Vaccination in Burma 1900-1911 - 1900-1911
Year: 1900
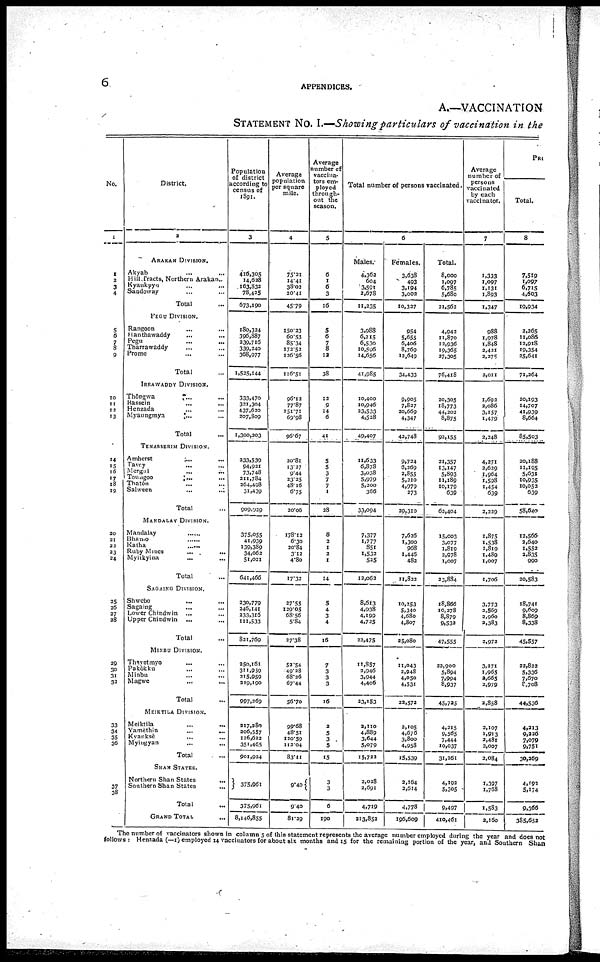
6
APPENDICES.
A.—VACCINATION
STATEMENT NO. I.—Showing particulars of vaccination in the
No.
1
1
2
3
4
5
6
7
8
9
10
11
12
13
14
15
16
17
18
19
20
21
22
23
24
25
26
27
28
29
30
31
32
33
34
35
36
37
38
District.
2
ARAKAN DIVISION.
Akyab ... ...
Hill Tracts, Northern Arakan..
Kyankpyu ... ...
Sandoway ... ...
Total ...
PEGU DIVISION.
Rangoon ... ... ...
Hanthawaddy
...
...
...
Pegu
...
...
Tharrawaddy ... ...
Prome ... ...
Total ...
IRRAWADDY DIVISION.
Thôngwa
...
...
Kassein
...
...
Henzada ... ...
Myaungmya ... ...
Total ...
TENASSERIM DIVISION.
Amherst
...
...
Tavey ... ...
Mergui
...
...
Toungoo ... ...
Thatôn ... ...
Salween ... ...
Total ...
MANDALAY DIVISION.
Mandalay ......
Bhamo ......
Katha ......
Ruby Mines
...
...
Mylikyina
...
...
Total ...
SAGAING DIVISION.
Shwebo ... ...
Sagaing ... ...
Lower Chindwin ... ...
Upper Cnindwin ... ...
Total ...
MINBU DIVISION.
Thayetmyo ... ...
Pakôkku ... ...
Minbu ... ...
Magwe
...
...
Total ...
MEIRTILA DIVISION.
Meiktila
...
...
Yamèthin
...
...
Kyanksè ... ...
Myiugyan ... ...
Total ...
SHAN STATES.
Northern Shan States ...
Southern Shan States 37
Total 37
GRAND TOTAL ...
Population
of district
according to
census of
1891.
3
416,305
14,628
163,832
78,425
673,190
180,324
396,887
239,716
339,240
368,977
1,525,144
333,470
321,304
437,620
207,809
1,300,203
233,539
94,921
73,748
211,784
264,498
31,439
909,929
375,055
41,939
139,389
34,062
51,021
641,466
230,779
246,141
233,316
111,533
821,769
250,161
311,959
215,959
219,190
997,269
217,280
206,557
126,622
351,465
901,924
375,961
375,961
8,146,855
Average
population
per square
mile.
4
73.21
14.41
38.02
20.41
45.79
150.23
60.53
85.34
172.52
126.56
116.51
96.12
77.87
151.71
69.98
96.67
20.81
13.27
9.44
23.25
48.16
6.75
20.06
178.12
6.30
20.84
3.12
4.80
17.32
27.55
129.05
68.56
5.84
27.38
52.54
49.28
68.26
67.44
56.70
99.68
48.51
120.59
113.04
83.11
9.40
9.40
81.29
Average
number of
vaccina-
tors em-
ployed
through-
out the
season.
5
6
1
6
3
16
5
6
7
8
12
38
12
9
14
6
41
5
5
3
7
7
1
28
8
2
1
2
1
14
5
4
3
4
16
7
3
3
3
16
2
5
3
5
15
3
3
6
190
Total number of persons vaccinated.
6
Males.
4,362
604
3,591
2,678
11,235
3,988
6,215
6,530
10,596
14,656
41,985
10,400
10,946
23,533
4,528
49,407
11,633
6,878
3,038
5,979
5,200
366
33,094
7,377
1,777
851
1,532
525
12,062
8,613
4,938
4,199
4,725
22,475
11,857
2,946
3,944
4,406
23,153
2,110
4,889
3,644
5,079
15,722
2,028
2,691
4,719
213,852
Females.
3,638
493
3,194
3,002
10,337
954
5,655
6,406
8,769
12,649
34,433
9,905
7,827
20,669
4,347
42,748
9,724
6,269
2,855
5,210
4,979
273
39,310
7,626
1,300
968
1,446
482
11,822
10,253
5,340
4,680
4,807
25,080
11,043
2,948
4,050
4,531
22,572
2,105
4,676
3,800
4,958
15,539
2,164
2,641
4,778
196,609
Total.
8,000
1,097
6,785
5,680
21,562
4,942
11,870
12,936
19,365
27,305
76,418
20,305
18,773
44,202
8,875
92,155
21,357
13,147
5,893
11,189
10,179
639
62,404
15,003
3,077
1,819
2,978
1,007
23,884
18,866
10,278
8,879
9,532
47,555
22,900
5,894
7,994
8,937
45,725
4,215
9,565
7,444
10,037
31,261
4,192
5,305
9,497
410,461
Average
number of
persons
vaccinated
by each
vaccinator.
7
1,333
1,097
1,131
1,893
1,347
988
1,978
1,848
2,421
2,275
2,011
1,692
2,086
3,157
1,479
2,348
4,271
2,629
1,964
1,598
1,454
639
2,229
1,875
1,538
1,819
1,489
1,007
1,706
3,773
2,569
2,960
2,383
2,972
3,271
1,965
2,665
2,979
2,858
2,107
1,913
2,481
2,007
3,084
1,397
1,768
1,583
2,160
PRI
Total.
8
7,519
1,097
6,715
4,603
19,934
2,265
11,086
12,918
19,354
25,641
71,264
20,193
14,707
41,939
8,664
85,503
20,188
11,195
5,631
10,935
10,052
639
58,640
12,566
2,640
1,552
2,835
990
20,583
18,741
9,609
8,869
8,338
45,557
22,822
5,336
7,670
8,708
44,536
4,213
9,226
7,079
9,751
30,269
4,192
5,174
9,366
385,652
The number of vaccinators shown in column 5 of this statement represents the average number employed during the year and does not
follows : Henzada (—1) employed 14 vaccinators for about six months and 15 for the remaining portion of the year, and Southern Shan